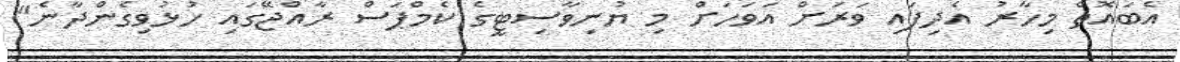
އެބައޮތް މިހާރު އެދިފައި ވަރަށް އަވަހަށް މި ޔުނިވާސިޓީގެ ކެމްޕަސް ރާއްޖޭގައި ހުޅުވިގެންދާނެ"